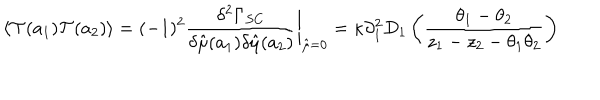
\langle { \cal T } ( a _ { 1 } ) { \cal T } ( a _ { 2 } ) \rangle = ( - 1 ) ^ { 2 } { \frac { \delta ^ { 2 } \Gamma _ { S C } } { \delta \hat { \mu } ( a _ { 1 } ) \delta \hat { \mu } ( a _ { 2 } ) } } \bigg \vert _ { \hat { \mu } = 0 } = \kappa \partial _ { 1 } ^ { 2 } D _ { 1 } \left( { \frac { \theta _ { 1 } - \theta _ { 2 } } { z _ { 1 } - z _ { 2 } - \theta _ { 1 } \theta _ { 2 } } } \right)